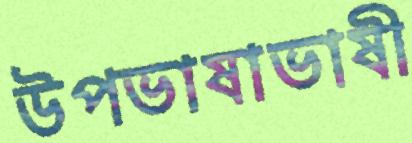
উপভাষাভাষী